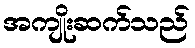
အကျိုးဆက်သည်